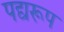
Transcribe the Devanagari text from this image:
पद्यरूप